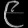
Digit: ၉